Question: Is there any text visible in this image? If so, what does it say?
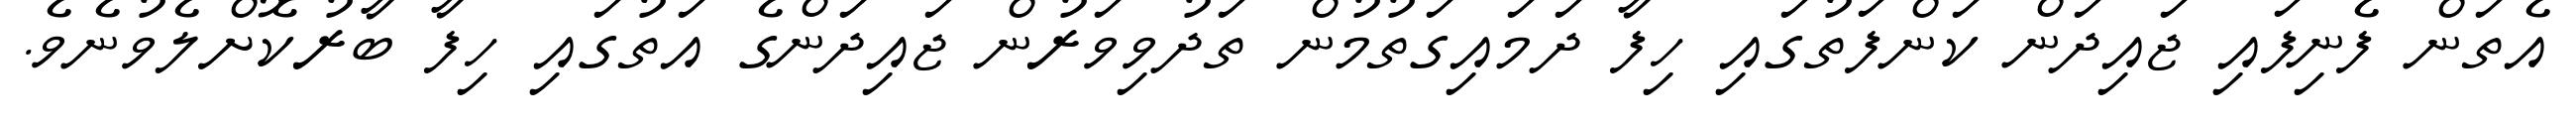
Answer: އެތަން ފެނިފައި ޖައިދަން ކަންފަތުގައި ހިފާ ދަމައިގަތުމުން ތަދުވިވަރުން ޖައިދަންގެ އަތުގައި ހިފާ ބާރުކޮށްލެވުނެވެ.